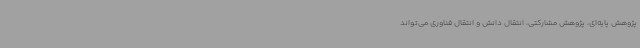
پژوهش پایه‌ای، پژوهش مشارکتی، انتقال دانش و انتقال فناوری می‌تواند